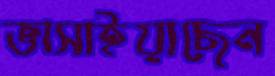
ভাসাইয়াছেন